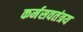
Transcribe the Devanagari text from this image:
कर्मसवतंत्रय